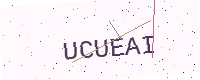
Text: UCUEAI